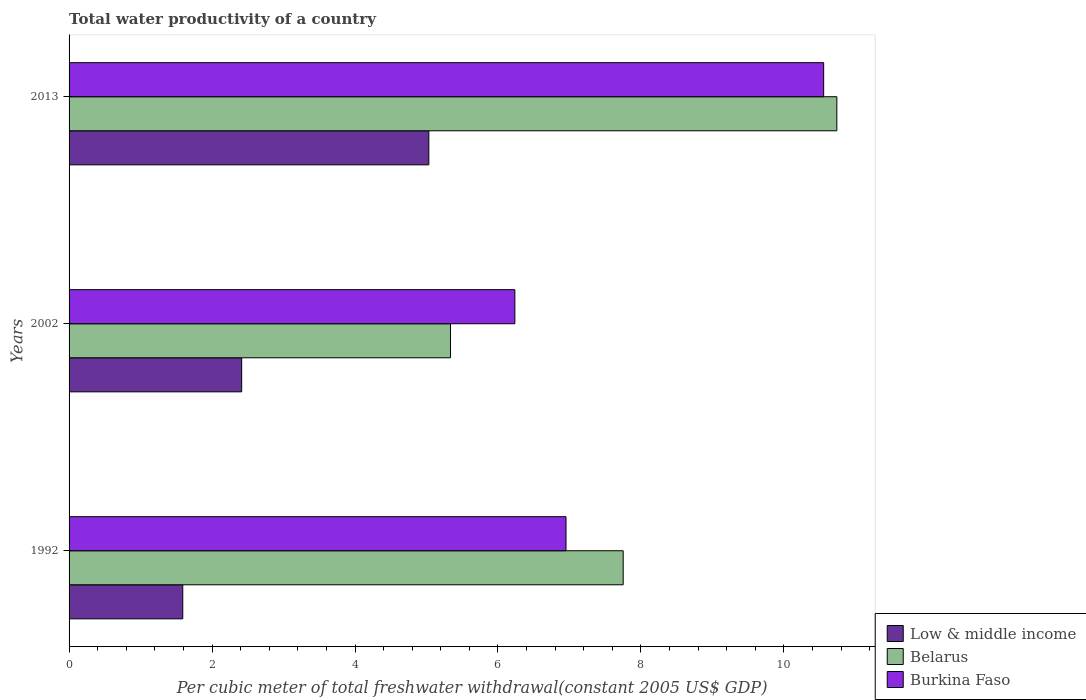
| Years | Low & middle income | Belarus | Burkina Faso |
 | --- | --- | --- | --- |
 | 1992 | 1.59 | 7.75 | 6.95 |
 | 2002 | 2.41 | 5.34 | 6.24 |
 | 2013 | 5.03 | 10.7 | 10.6 |